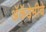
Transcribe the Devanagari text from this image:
अॅकॅडेमीचे